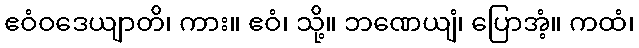
ဧဝံဝဒေယျာတိ၊ ကား။ ဧဝံ၊ သို့။ ဘဏေယျံ၊ ပြောအံ့။ ကထံ၊